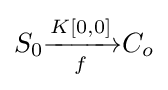
S_{0}{\xrightarrow[{f}]{K[0,0]}}C_{o}